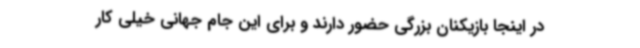
در اینجا بازیکنان بزرگی حضور دارند و برای این جام جهانی خیلی کار